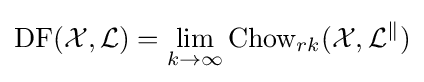
\operatorname {DF} ({\mathcal {X}},{\mathcal {L}})=\lim _{k\to \infty }\operatorname {Chow} _{rk}({\mathcal {X}},{\mathcal {L^{k}}})